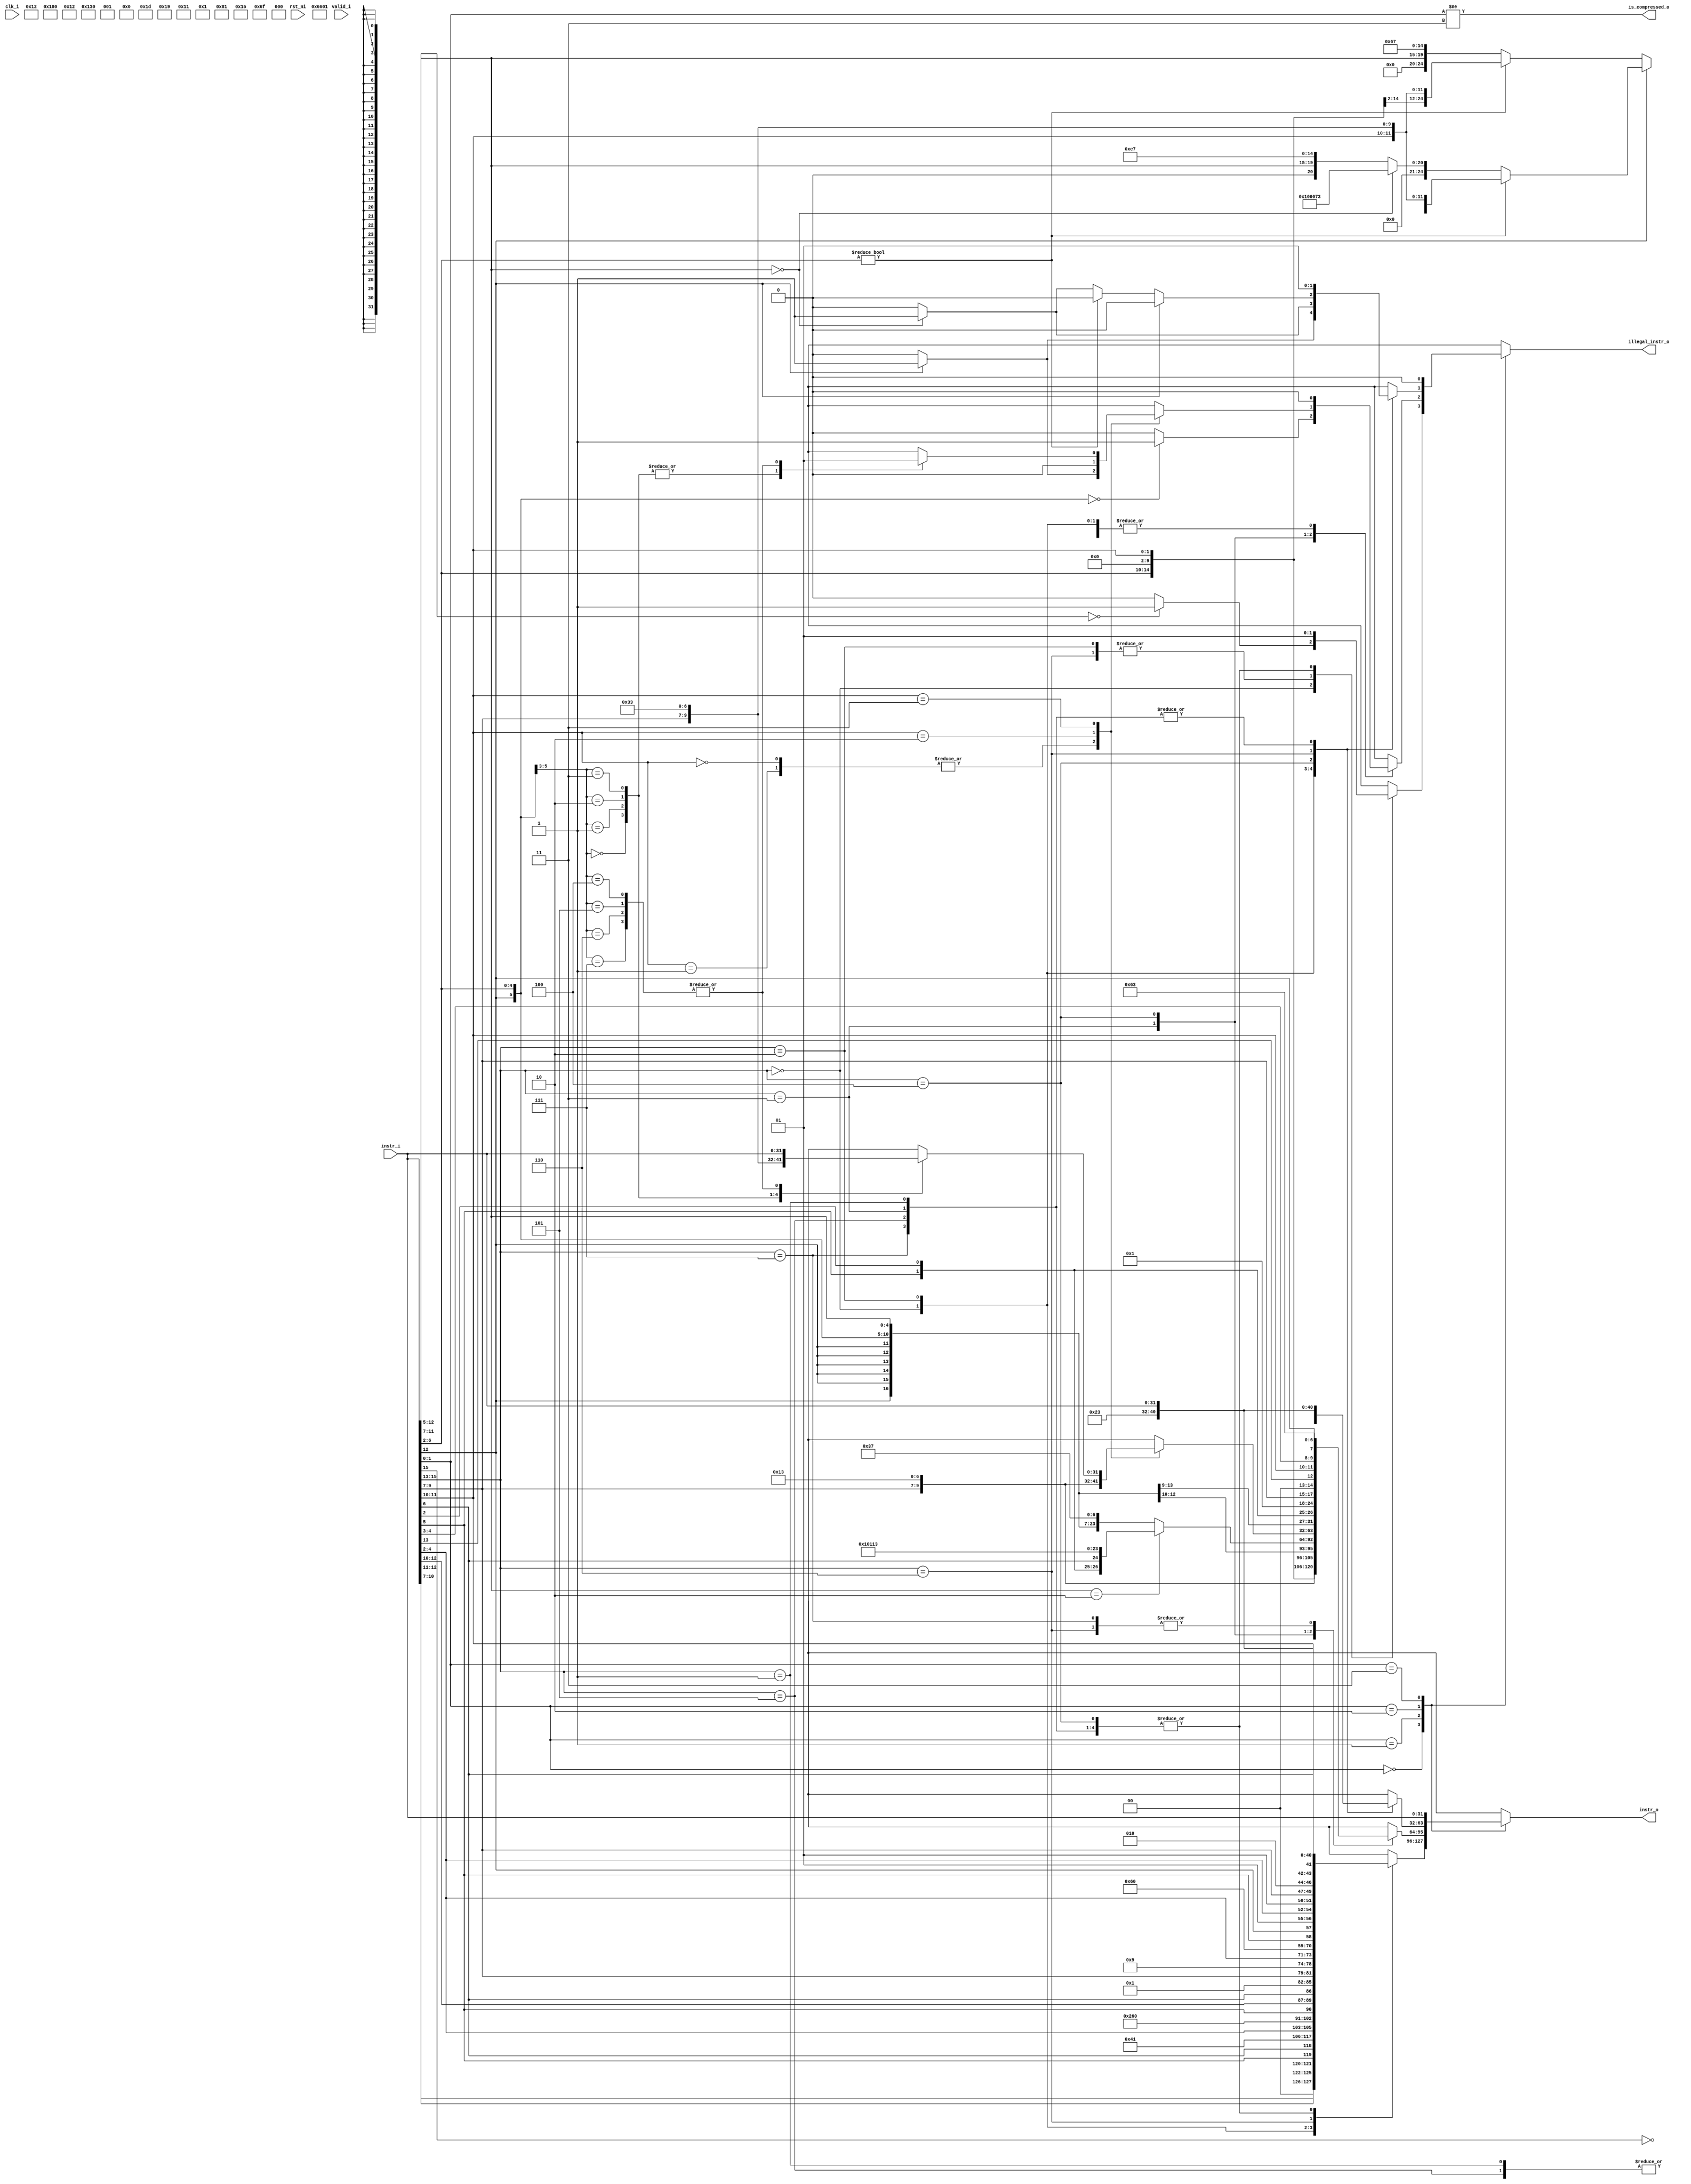
module ibex_compressed_decoder (
	clk_i,
	rst_ni,
	valid_i,
	instr_i,
	instr_o,
	is_compressed_o,
	illegal_instr_o
);
	input wire clk_i;
	input wire rst_ni;
	input wire valid_i;
	input wire [31:0] instr_i;
	output reg [31:0] instr_o;
	output wire is_compressed_o;
	output reg illegal_instr_o;
	localparam integer RegFileFF = 0;
	localparam integer RegFileFPGA = 1;
	localparam integer RegFileLatch = 2;
	localparam integer RV32MNone = 0;
	localparam integer RV32MSlow = 1;
	localparam integer RV32MFast = 2;
	localparam integer RV32MSingleCycle = 3;
	localparam integer RV32BNone = 0;
	localparam integer RV32BBalanced = 1;
	localparam integer RV32BFull = 2;
	localparam [6:0] OPCODE_LOAD = 7'h03;
	localparam [6:0] OPCODE_MISC_MEM = 7'h0f;
	localparam [6:0] OPCODE_OP_IMM = 7'h13;
	localparam [6:0] OPCODE_AUIPC = 7'h17;
	localparam [6:0] OPCODE_STORE = 7'h23;
	localparam [6:0] OPCODE_OP = 7'h33;
	localparam [6:0] OPCODE_LUI = 7'h37;
	localparam [6:0] OPCODE_BRANCH = 7'h63;
	localparam [6:0] OPCODE_JALR = 7'h67;
	localparam [6:0] OPCODE_JAL = 7'h6f;
	localparam [6:0] OPCODE_SYSTEM = 7'h73;
	localparam [5:0] ALU_ADD = 0;
	localparam [5:0] ALU_SUB = 1;
	localparam [5:0] ALU_XOR = 2;
	localparam [5:0] ALU_OR = 3;
	localparam [5:0] ALU_AND = 4;
	localparam [5:0] ALU_XNOR = 5;
	localparam [5:0] ALU_ORN = 6;
	localparam [5:0] ALU_ANDN = 7;
	localparam [5:0] ALU_SRA = 8;
	localparam [5:0] ALU_SRL = 9;
	localparam [5:0] ALU_SLL = 10;
	localparam [5:0] ALU_SRO = 11;
	localparam [5:0] ALU_SLO = 12;
	localparam [5:0] ALU_ROR = 13;
	localparam [5:0] ALU_ROL = 14;
	localparam [5:0] ALU_GREV = 15;
	localparam [5:0] ALU_GORC = 16;
	localparam [5:0] ALU_SHFL = 17;
	localparam [5:0] ALU_UNSHFL = 18;
	localparam [5:0] ALU_LT = 19;
	localparam [5:0] ALU_LTU = 20;
	localparam [5:0] ALU_GE = 21;
	localparam [5:0] ALU_GEU = 22;
	localparam [5:0] ALU_EQ = 23;
	localparam [5:0] ALU_NE = 24;
	localparam [5:0] ALU_MIN = 25;
	localparam [5:0] ALU_MINU = 26;
	localparam [5:0] ALU_MAX = 27;
	localparam [5:0] ALU_MAXU = 28;
	localparam [5:0] ALU_PACK = 29;
	localparam [5:0] ALU_PACKU = 30;
	localparam [5:0] ALU_PACKH = 31;
	localparam [5:0] ALU_SEXTB = 32;
	localparam [5:0] ALU_SEXTH = 33;
	localparam [5:0] ALU_CLZ = 34;
	localparam [5:0] ALU_CTZ = 35;
	localparam [5:0] ALU_PCNT = 36;
	localparam [5:0] ALU_SLT = 37;
	localparam [5:0] ALU_SLTU = 38;
	localparam [5:0] ALU_CMOV = 39;
	localparam [5:0] ALU_CMIX = 40;
	localparam [5:0] ALU_FSL = 41;
	localparam [5:0] ALU_FSR = 42;
	localparam [5:0] ALU_SBSET = 43;
	localparam [5:0] ALU_SBCLR = 44;
	localparam [5:0] ALU_SBINV = 45;
	localparam [5:0] ALU_SBEXT = 46;
	localparam [5:0] ALU_BEXT = 47;
	localparam [5:0] ALU_BDEP = 48;
	localparam [5:0] ALU_BFP = 49;
	localparam [5:0] ALU_CLMUL = 50;
	localparam [5:0] ALU_CLMULR = 51;
	localparam [5:0] ALU_CLMULH = 52;
	localparam [5:0] ALU_CRC32_B = 53;
	localparam [5:0] ALU_CRC32C_B = 54;
	localparam [5:0] ALU_CRC32_H = 55;
	localparam [5:0] ALU_CRC32C_H = 56;
	localparam [5:0] ALU_CRC32_W = 57;
	localparam [5:0] ALU_CRC32C_W = 58;
	localparam [1:0] MD_OP_MULL = 0;
	localparam [1:0] MD_OP_MULH = 1;
	localparam [1:0] MD_OP_DIV = 2;
	localparam [1:0] MD_OP_REM = 3;
	localparam [1:0] CSR_OP_READ = 0;
	localparam [1:0] CSR_OP_WRITE = 1;
	localparam [1:0] CSR_OP_SET = 2;
	localparam [1:0] CSR_OP_CLEAR = 3;
	localparam [1:0] PRIV_LVL_M = 2'b11;
	localparam [1:0] PRIV_LVL_H = 2'b10;
	localparam [1:0] PRIV_LVL_S = 2'b01;
	localparam [1:0] PRIV_LVL_U = 2'b00;
	localparam [3:0] XDEBUGVER_NO = 4'd0;
	localparam [3:0] XDEBUGVER_STD = 4'd4;
	localparam [3:0] XDEBUGVER_NONSTD = 4'd15;
	localparam [1:0] WB_INSTR_LOAD = 0;
	localparam [1:0] WB_INSTR_STORE = 1;
	localparam [1:0] WB_INSTR_OTHER = 2;
	localparam [1:0] OP_A_REG_A = 0;
	localparam [1:0] OP_A_FWD = 1;
	localparam [1:0] OP_A_CURRPC = 2;
	localparam [1:0] OP_A_IMM = 3;
	localparam [0:0] IMM_A_Z = 0;
	localparam [0:0] IMM_A_ZERO = 1;
	localparam [0:0] OP_B_REG_B = 0;
	localparam [0:0] OP_B_IMM = 1;
	localparam [2:0] IMM_B_I = 0;
	localparam [2:0] IMM_B_S = 1;
	localparam [2:0] IMM_B_B = 2;
	localparam [2:0] IMM_B_U = 3;
	localparam [2:0] IMM_B_J = 4;
	localparam [2:0] IMM_B_INCR_PC = 5;
	localparam [2:0] IMM_B_INCR_ADDR = 6;
	localparam [0:0] RF_WD_EX = 0;
	localparam [0:0] RF_WD_CSR = 1;
	localparam [2:0] PC_BOOT = 0;
	localparam [2:0] PC_JUMP = 1;
	localparam [2:0] PC_EXC = 2;
	localparam [2:0] PC_ERET = 3;
	localparam [2:0] PC_DRET = 4;
	localparam [2:0] PC_BP = 5;
	localparam [1:0] EXC_PC_EXC = 0;
	localparam [1:0] EXC_PC_IRQ = 1;
	localparam [1:0] EXC_PC_DBD = 2;
	localparam [1:0] EXC_PC_DBG_EXC = 3;
	localparam [5:0] EXC_CAUSE_IRQ_SOFTWARE_M = {1'b1, 5'd3};
	localparam [5:0] EXC_CAUSE_IRQ_TIMER_M = {1'b1, 5'd7};
	localparam [5:0] EXC_CAUSE_IRQ_EXTERNAL_M = {1'b1, 5'd11};
	localparam [5:0] EXC_CAUSE_IRQ_NM = {1'b1, 5'd31};
	localparam [5:0] EXC_CAUSE_INSN_ADDR_MISA = {1'b0, 5'd0};
	localparam [5:0] EXC_CAUSE_INSTR_ACCESS_FAULT = {1'b0, 5'd1};
	localparam [5:0] EXC_CAUSE_ILLEGAL_INSN = {1'b0, 5'd2};
	localparam [5:0] EXC_CAUSE_BREAKPOINT = {1'b0, 5'd3};
	localparam [5:0] EXC_CAUSE_LOAD_ACCESS_FAULT = {1'b0, 5'd5};
	localparam [5:0] EXC_CAUSE_STORE_ACCESS_FAULT = {1'b0, 5'd7};
	localparam [5:0] EXC_CAUSE_ECALL_UMODE = {1'b0, 5'd8};
	localparam [5:0] EXC_CAUSE_ECALL_MMODE = {1'b0, 5'd11};
	localparam [2:0] DBG_CAUSE_NONE = 3'h0;
	localparam [2:0] DBG_CAUSE_EBREAK = 3'h1;
	localparam [2:0] DBG_CAUSE_TRIGGER = 3'h2;
	localparam [2:0] DBG_CAUSE_HALTREQ = 3'h3;
	localparam [2:0] DBG_CAUSE_STEP = 3'h4;
	localparam [31:0] PMP_MAX_REGIONS = 16;
	localparam [31:0] PMP_CFG_W = 8;
	localparam [31:0] PMP_I = 0;
	localparam [31:0] PMP_D = 1;
	localparam [1:0] PMP_ACC_EXEC = 2'b00;
	localparam [1:0] PMP_ACC_WRITE = 2'b01;
	localparam [1:0] PMP_ACC_READ = 2'b10;
	localparam [1:0] PMP_MODE_OFF = 2'b00;
	localparam [1:0] PMP_MODE_TOR = 2'b01;
	localparam [1:0] PMP_MODE_NA4 = 2'b10;
	localparam [1:0] PMP_MODE_NAPOT = 2'b11;
	localparam [11:0] CSR_MHARTID = 12'hf14;
	localparam [11:0] CSR_MSTATUS = 12'h300;
	localparam [11:0] CSR_MISA = 12'h301;
	localparam [11:0] CSR_MIE = 12'h304;
	localparam [11:0] CSR_MTVEC = 12'h305;
	localparam [11:0] CSR_MSCRATCH = 12'h340;
	localparam [11:0] CSR_MEPC = 12'h341;
	localparam [11:0] CSR_MCAUSE = 12'h342;
	localparam [11:0] CSR_MTVAL = 12'h343;
	localparam [11:0] CSR_MIP = 12'h344;
	localparam [11:0] CSR_PMPCFG0 = 12'h3a0;
	localparam [11:0] CSR_PMPCFG1 = 12'h3a1;
	localparam [11:0] CSR_PMPCFG2 = 12'h3a2;
	localparam [11:0] CSR_PMPCFG3 = 12'h3a3;
	localparam [11:0] CSR_PMPADDR0 = 12'h3b0;
	localparam [11:0] CSR_PMPADDR1 = 12'h3b1;
	localparam [11:0] CSR_PMPADDR2 = 12'h3b2;
	localparam [11:0] CSR_PMPADDR3 = 12'h3b3;
	localparam [11:0] CSR_PMPADDR4 = 12'h3b4;
	localparam [11:0] CSR_PMPADDR5 = 12'h3b5;
	localparam [11:0] CSR_PMPADDR6 = 12'h3b6;
	localparam [11:0] CSR_PMPADDR7 = 12'h3b7;
	localparam [11:0] CSR_PMPADDR8 = 12'h3b8;
	localparam [11:0] CSR_PMPADDR9 = 12'h3b9;
	localparam [11:0] CSR_PMPADDR10 = 12'h3ba;
	localparam [11:0] CSR_PMPADDR11 = 12'h3bb;
	localparam [11:0] CSR_PMPADDR12 = 12'h3bc;
	localparam [11:0] CSR_PMPADDR13 = 12'h3bd;
	localparam [11:0] CSR_PMPADDR14 = 12'h3be;
	localparam [11:0] CSR_PMPADDR15 = 12'h3bf;
	localparam [11:0] CSR_TSELECT = 12'h7a0;
	localparam [11:0] CSR_TDATA1 = 12'h7a1;
	localparam [11:0] CSR_TDATA2 = 12'h7a2;
	localparam [11:0] CSR_TDATA3 = 12'h7a3;
	localparam [11:0] CSR_MCONTEXT = 12'h7a8;
	localparam [11:0] CSR_SCONTEXT = 12'h7aa;
	localparam [11:0] CSR_DCSR = 12'h7b0;
	localparam [11:0] CSR_DPC = 12'h7b1;
	localparam [11:0] CSR_DSCRATCH0 = 12'h7b2;
	localparam [11:0] CSR_DSCRATCH1 = 12'h7b3;
	localparam [11:0] CSR_MCOUNTINHIBIT = 12'h320;
	localparam [11:0] CSR_MHPMEVENT3 = 12'h323;
	localparam [11:0] CSR_MHPMEVENT4 = 12'h324;
	localparam [11:0] CSR_MHPMEVENT5 = 12'h325;
	localparam [11:0] CSR_MHPMEVENT6 = 12'h326;
	localparam [11:0] CSR_MHPMEVENT7 = 12'h327;
	localparam [11:0] CSR_MHPMEVENT8 = 12'h328;
	localparam [11:0] CSR_MHPMEVENT9 = 12'h329;
	localparam [11:0] CSR_MHPMEVENT10 = 12'h32a;
	localparam [11:0] CSR_MHPMEVENT11 = 12'h32b;
	localparam [11:0] CSR_MHPMEVENT12 = 12'h32c;
	localparam [11:0] CSR_MHPMEVENT13 = 12'h32d;
	localparam [11:0] CSR_MHPMEVENT14 = 12'h32e;
	localparam [11:0] CSR_MHPMEVENT15 = 12'h32f;
	localparam [11:0] CSR_MHPMEVENT16 = 12'h330;
	localparam [11:0] CSR_MHPMEVENT17 = 12'h331;
	localparam [11:0] CSR_MHPMEVENT18 = 12'h332;
	localparam [11:0] CSR_MHPMEVENT19 = 12'h333;
	localparam [11:0] CSR_MHPMEVENT20 = 12'h334;
	localparam [11:0] CSR_MHPMEVENT21 = 12'h335;
	localparam [11:0] CSR_MHPMEVENT22 = 12'h336;
	localparam [11:0] CSR_MHPMEVENT23 = 12'h337;
	localparam [11:0] CSR_MHPMEVENT24 = 12'h338;
	localparam [11:0] CSR_MHPMEVENT25 = 12'h339;
	localparam [11:0] CSR_MHPMEVENT26 = 12'h33a;
	localparam [11:0] CSR_MHPMEVENT27 = 12'h33b;
	localparam [11:0] CSR_MHPMEVENT28 = 12'h33c;
	localparam [11:0] CSR_MHPMEVENT29 = 12'h33d;
	localparam [11:0] CSR_MHPMEVENT30 = 12'h33e;
	localparam [11:0] CSR_MHPMEVENT31 = 12'h33f;
	localparam [11:0] CSR_MCYCLE = 12'hb00;
	localparam [11:0] CSR_MINSTRET = 12'hb02;
	localparam [11:0] CSR_MHPMCOUNTER3 = 12'hb03;
	localparam [11:0] CSR_MHPMCOUNTER4 = 12'hb04;
	localparam [11:0] CSR_MHPMCOUNTER5 = 12'hb05;
	localparam [11:0] CSR_MHPMCOUNTER6 = 12'hb06;
	localparam [11:0] CSR_MHPMCOUNTER7 = 12'hb07;
	localparam [11:0] CSR_MHPMCOUNTER8 = 12'hb08;
	localparam [11:0] CSR_MHPMCOUNTER9 = 12'hb09;
	localparam [11:0] CSR_MHPMCOUNTER10 = 12'hb0a;
	localparam [11:0] CSR_MHPMCOUNTER11 = 12'hb0b;
	localparam [11:0] CSR_MHPMCOUNTER12 = 12'hb0c;
	localparam [11:0] CSR_MHPMCOUNTER13 = 12'hb0d;
	localparam [11:0] CSR_MHPMCOUNTER14 = 12'hb0e;
	localparam [11:0] CSR_MHPMCOUNTER15 = 12'hb0f;
	localparam [11:0] CSR_MHPMCOUNTER16 = 12'hb10;
	localparam [11:0] CSR_MHPMCOUNTER17 = 12'hb11;
	localparam [11:0] CSR_MHPMCOUNTER18 = 12'hb12;
	localparam [11:0] CSR_MHPMCOUNTER19 = 12'hb13;
	localparam [11:0] CSR_MHPMCOUNTER20 = 12'hb14;
	localparam [11:0] CSR_MHPMCOUNTER21 = 12'hb15;
	localparam [11:0] CSR_MHPMCOUNTER22 = 12'hb16;
	localparam [11:0] CSR_MHPMCOUNTER23 = 12'hb17;
	localparam [11:0] CSR_MHPMCOUNTER24 = 12'hb18;
	localparam [11:0] CSR_MHPMCOUNTER25 = 12'hb19;
	localparam [11:0] CSR_MHPMCOUNTER26 = 12'hb1a;
	localparam [11:0] CSR_MHPMCOUNTER27 = 12'hb1b;
	localparam [11:0] CSR_MHPMCOUNTER28 = 12'hb1c;
	localparam [11:0] CSR_MHPMCOUNTER29 = 12'hb1d;
	localparam [11:0] CSR_MHPMCOUNTER30 = 12'hb1e;
	localparam [11:0] CSR_MHPMCOUNTER31 = 12'hb1f;
	localparam [11:0] CSR_MCYCLEH = 12'hb80;
	localparam [11:0] CSR_MINSTRETH = 12'hb82;
	localparam [11:0] CSR_MHPMCOUNTER3H = 12'hb83;
	localparam [11:0] CSR_MHPMCOUNTER4H = 12'hb84;
	localparam [11:0] CSR_MHPMCOUNTER5H = 12'hb85;
	localparam [11:0] CSR_MHPMCOUNTER6H = 12'hb86;
	localparam [11:0] CSR_MHPMCOUNTER7H = 12'hb87;
	localparam [11:0] CSR_MHPMCOUNTER8H = 12'hb88;
	localparam [11:0] CSR_MHPMCOUNTER9H = 12'hb89;
	localparam [11:0] CSR_MHPMCOUNTER10H = 12'hb8a;
	localparam [11:0] CSR_MHPMCOUNTER11H = 12'hb8b;
	localparam [11:0] CSR_MHPMCOUNTER12H = 12'hb8c;
	localparam [11:0] CSR_MHPMCOUNTER13H = 12'hb8d;
	localparam [11:0] CSR_MHPMCOUNTER14H = 12'hb8e;
	localparam [11:0] CSR_MHPMCOUNTER15H = 12'hb8f;
	localparam [11:0] CSR_MHPMCOUNTER16H = 12'hb90;
	localparam [11:0] CSR_MHPMCOUNTER17H = 12'hb91;
	localparam [11:0] CSR_MHPMCOUNTER18H = 12'hb92;
	localparam [11:0] CSR_MHPMCOUNTER19H = 12'hb93;
	localparam [11:0] CSR_MHPMCOUNTER20H = 12'hb94;
	localparam [11:0] CSR_MHPMCOUNTER21H = 12'hb95;
	localparam [11:0] CSR_MHPMCOUNTER22H = 12'hb96;
	localparam [11:0] CSR_MHPMCOUNTER23H = 12'hb97;
	localparam [11:0] CSR_MHPMCOUNTER24H = 12'hb98;
	localparam [11:0] CSR_MHPMCOUNTER25H = 12'hb99;
	localparam [11:0] CSR_MHPMCOUNTER26H = 12'hb9a;
	localparam [11:0] CSR_MHPMCOUNTER27H = 12'hb9b;
	localparam [11:0] CSR_MHPMCOUNTER28H = 12'hb9c;
	localparam [11:0] CSR_MHPMCOUNTER29H = 12'hb9d;
	localparam [11:0] CSR_MHPMCOUNTER30H = 12'hb9e;
	localparam [11:0] CSR_MHPMCOUNTER31H = 12'hb9f;
	localparam [11:0] CSR_CPUCTRL = 12'h7c0;
	localparam [11:0] CSR_SECURESEED = 12'h7c1;
	localparam [11:0] CSR_OFF_PMP_CFG = 12'h3a0;
	localparam [11:0] CSR_OFF_PMP_ADDR = 12'h3b0;
	localparam [31:0] CSR_MSTATUS_MIE_BIT = 3;
	localparam [31:0] CSR_MSTATUS_MPIE_BIT = 7;
	localparam [31:0] CSR_MSTATUS_MPP_BIT_LOW = 11;
	localparam [31:0] CSR_MSTATUS_MPP_BIT_HIGH = 12;
	localparam [31:0] CSR_MSTATUS_MPRV_BIT = 17;
	localparam [31:0] CSR_MSTATUS_TW_BIT = 21;
	localparam [1:0] CSR_MISA_MXL = 2'd1;
	localparam [31:0] CSR_MSIX_BIT = 3;
	localparam [31:0] CSR_MTIX_BIT = 7;
	localparam [31:0] CSR_MEIX_BIT = 11;
	localparam [31:0] CSR_MFIX_BIT_LOW = 16;
	localparam [31:0] CSR_MFIX_BIT_HIGH = 30;
	wire unused_valid;
	assign unused_valid = valid_i;
	always @(*) begin
		instr_o = instr_i;
		illegal_instr_o = 1'b0;
		case (instr_i[1:0])
			2'b00:
				case (instr_i[15:13])
					3'b000: begin
						instr_o = {2'b00, instr_i[10:7], instr_i[12:11], instr_i[5], instr_i[6], 2'b00, 5'h02, 3'b000, 2'b01, instr_i[4:2], OPCODE_OP_IMM};
						if (instr_i[12:5] == 8'b00000000)
							illegal_instr_o = 1'b1;
					end
					3'b010: instr_o = {5'b00000, instr_i[5], instr_i[12:10], instr_i[6], 2'b00, 2'b01, instr_i[9:7], 3'b010, 2'b01, instr_i[4:2], OPCODE_LOAD};
					3'b110: instr_o = {5'b00000, instr_i[5], instr_i[12], 2'b01, instr_i[4:2], 2'b01, instr_i[9:7], 3'b010, instr_i[11:10], instr_i[6], 2'b00, OPCODE_STORE};
					3'b001, 3'b011, 3'b100, 3'b101, 3'b111: illegal_instr_o = 1'b1;
					default: illegal_instr_o = 1'b1;
				endcase
			2'b01:
				case (instr_i[15:13])
					3'b000: instr_o = {{6 {instr_i[12]}}, instr_i[12], instr_i[6:2], instr_i[11:7], 3'b000, instr_i[11:7], OPCODE_OP_IMM};
					3'b001, 3'b101: instr_o = {instr_i[12], instr_i[8], instr_i[10:9], instr_i[6], instr_i[7], instr_i[2], instr_i[11], instr_i[5:3], {9 {instr_i[12]}}, 4'b0000, ~instr_i[15], OPCODE_JAL};
					3'b010: instr_o = {{6 {instr_i[12]}}, instr_i[12], instr_i[6:2], 5'b00000, 3'b000, instr_i[11:7], OPCODE_OP_IMM};
					3'b011: begin
						instr_o = {{15 {instr_i[12]}}, instr_i[6:2], instr_i[11:7], OPCODE_LUI};
						if (instr_i[11:7] == 5'h02)
							instr_o = {{3 {instr_i[12]}}, instr_i[4:3], instr_i[5], instr_i[2], instr_i[6], 4'b0000, 5'h02, 3'b000, 5'h02, OPCODE_OP_IMM};
						if ({instr_i[12], instr_i[6:2]} == 6'b000000)
							illegal_instr_o = 1'b1;
					end
					3'b100:
						case (instr_i[11:10])
							2'b00, 2'b01: begin
								instr_o = {1'b0, instr_i[10], 5'b00000, instr_i[6:2], 2'b01, instr_i[9:7], 3'b101, 2'b01, instr_i[9:7], OPCODE_OP_IMM};
								if (instr_i[12] == 1'b1)
									illegal_instr_o = 1'b1;
							end
							2'b10: instr_o = {{6 {instr_i[12]}}, instr_i[12], instr_i[6:2], 2'b01, instr_i[9:7], 3'b111, 2'b01, instr_i[9:7], OPCODE_OP_IMM};
							2'b11:
								case ({instr_i[12], instr_i[6:5]})
									3'b000: instr_o = {2'b01, 5'b00000, 2'b01, instr_i[4:2], 2'b01, instr_i[9:7], 3'b000, 2'b01, instr_i[9:7], OPCODE_OP};
									3'b001: instr_o = {7'b0000000, 2'b01, instr_i[4:2], 2'b01, instr_i[9:7], 3'b100, 2'b01, instr_i[9:7], OPCODE_OP};
									3'b010: instr_o = {7'b0000000, 2'b01, instr_i[4:2], 2'b01, instr_i[9:7], 3'b110, 2'b01, instr_i[9:7], OPCODE_OP};
									3'b011: instr_o = {7'b0000000, 2'b01, instr_i[4:2], 2'b01, instr_i[9:7], 3'b111, 2'b01, instr_i[9:7], OPCODE_OP};
									3'b100, 3'b101, 3'b110, 3'b111: illegal_instr_o = 1'b1;
									default: illegal_instr_o = 1'b1;
								endcase
							default: illegal_instr_o = 1'b1;
						endcase
					3'b110, 3'b111: instr_o = {{4 {instr_i[12]}}, instr_i[6:5], instr_i[2], 5'b00000, 2'b01, instr_i[9:7], 2'b00, instr_i[13], instr_i[11:10], instr_i[4:3], instr_i[12], OPCODE_BRANCH};
					default: illegal_instr_o = 1'b1;
				endcase
			2'b10:
				case (instr_i[15:13])
					3'b000: begin
						instr_o = {7'b0000000, instr_i[6:2], instr_i[11:7], 3'b001, instr_i[11:7], OPCODE_OP_IMM};
						if (instr_i[12] == 1'b1)
							illegal_instr_o = 1'b1;
					end
					3'b010: begin
						instr_o = {4'b0000, instr_i[3:2], instr_i[12], instr_i[6:4], 2'b00, 5'h02, 3'b010, instr_i[11:7], OPCODE_LOAD};
						if (instr_i[11:7] == 5'b00000)
							illegal_instr_o = 1'b1;
					end
					3'b100:
						if (instr_i[12] == 1'b0) begin
							if (instr_i[6:2] != 5'b00000)
								instr_o = {7'b0000000, instr_i[6:2], 5'b00000, 3'b000, instr_i[11:7], OPCODE_OP};
							else begin
								instr_o = {12'b000000000000, instr_i[11:7], 3'b000, 5'b00000, OPCODE_JALR};
								if (instr_i[11:7] == 5'b00000)
									illegal_instr_o = 1'b1;
							end
						end
						else if (instr_i[6:2] != 5'b00000)
							instr_o = {7'b0000000, instr_i[6:2], instr_i[11:7], 3'b000, instr_i[11:7], OPCODE_OP};
						else if (instr_i[11:7] == 5'b00000)
							instr_o = 32'h00100073;
						else
							instr_o = {12'b000000000000, instr_i[11:7], 3'b000, 5'b00001, OPCODE_JALR};
					3'b110: instr_o = {4'b0000, instr_i[8:7], instr_i[12], instr_i[6:2], 5'h02, 3'b010, instr_i[11:9], 2'b00, OPCODE_STORE};
					3'b001, 3'b011, 3'b101, 3'b111: illegal_instr_o = 1'b1;
					default: illegal_instr_o = 1'b1;
				endcase
			2'b11:
				;
			default: illegal_instr_o = 1'b1;
		endcase
	end
	assign is_compressed_o = instr_i[1:0] != 2'b11;
endmodule